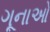
ગૂનાઓ